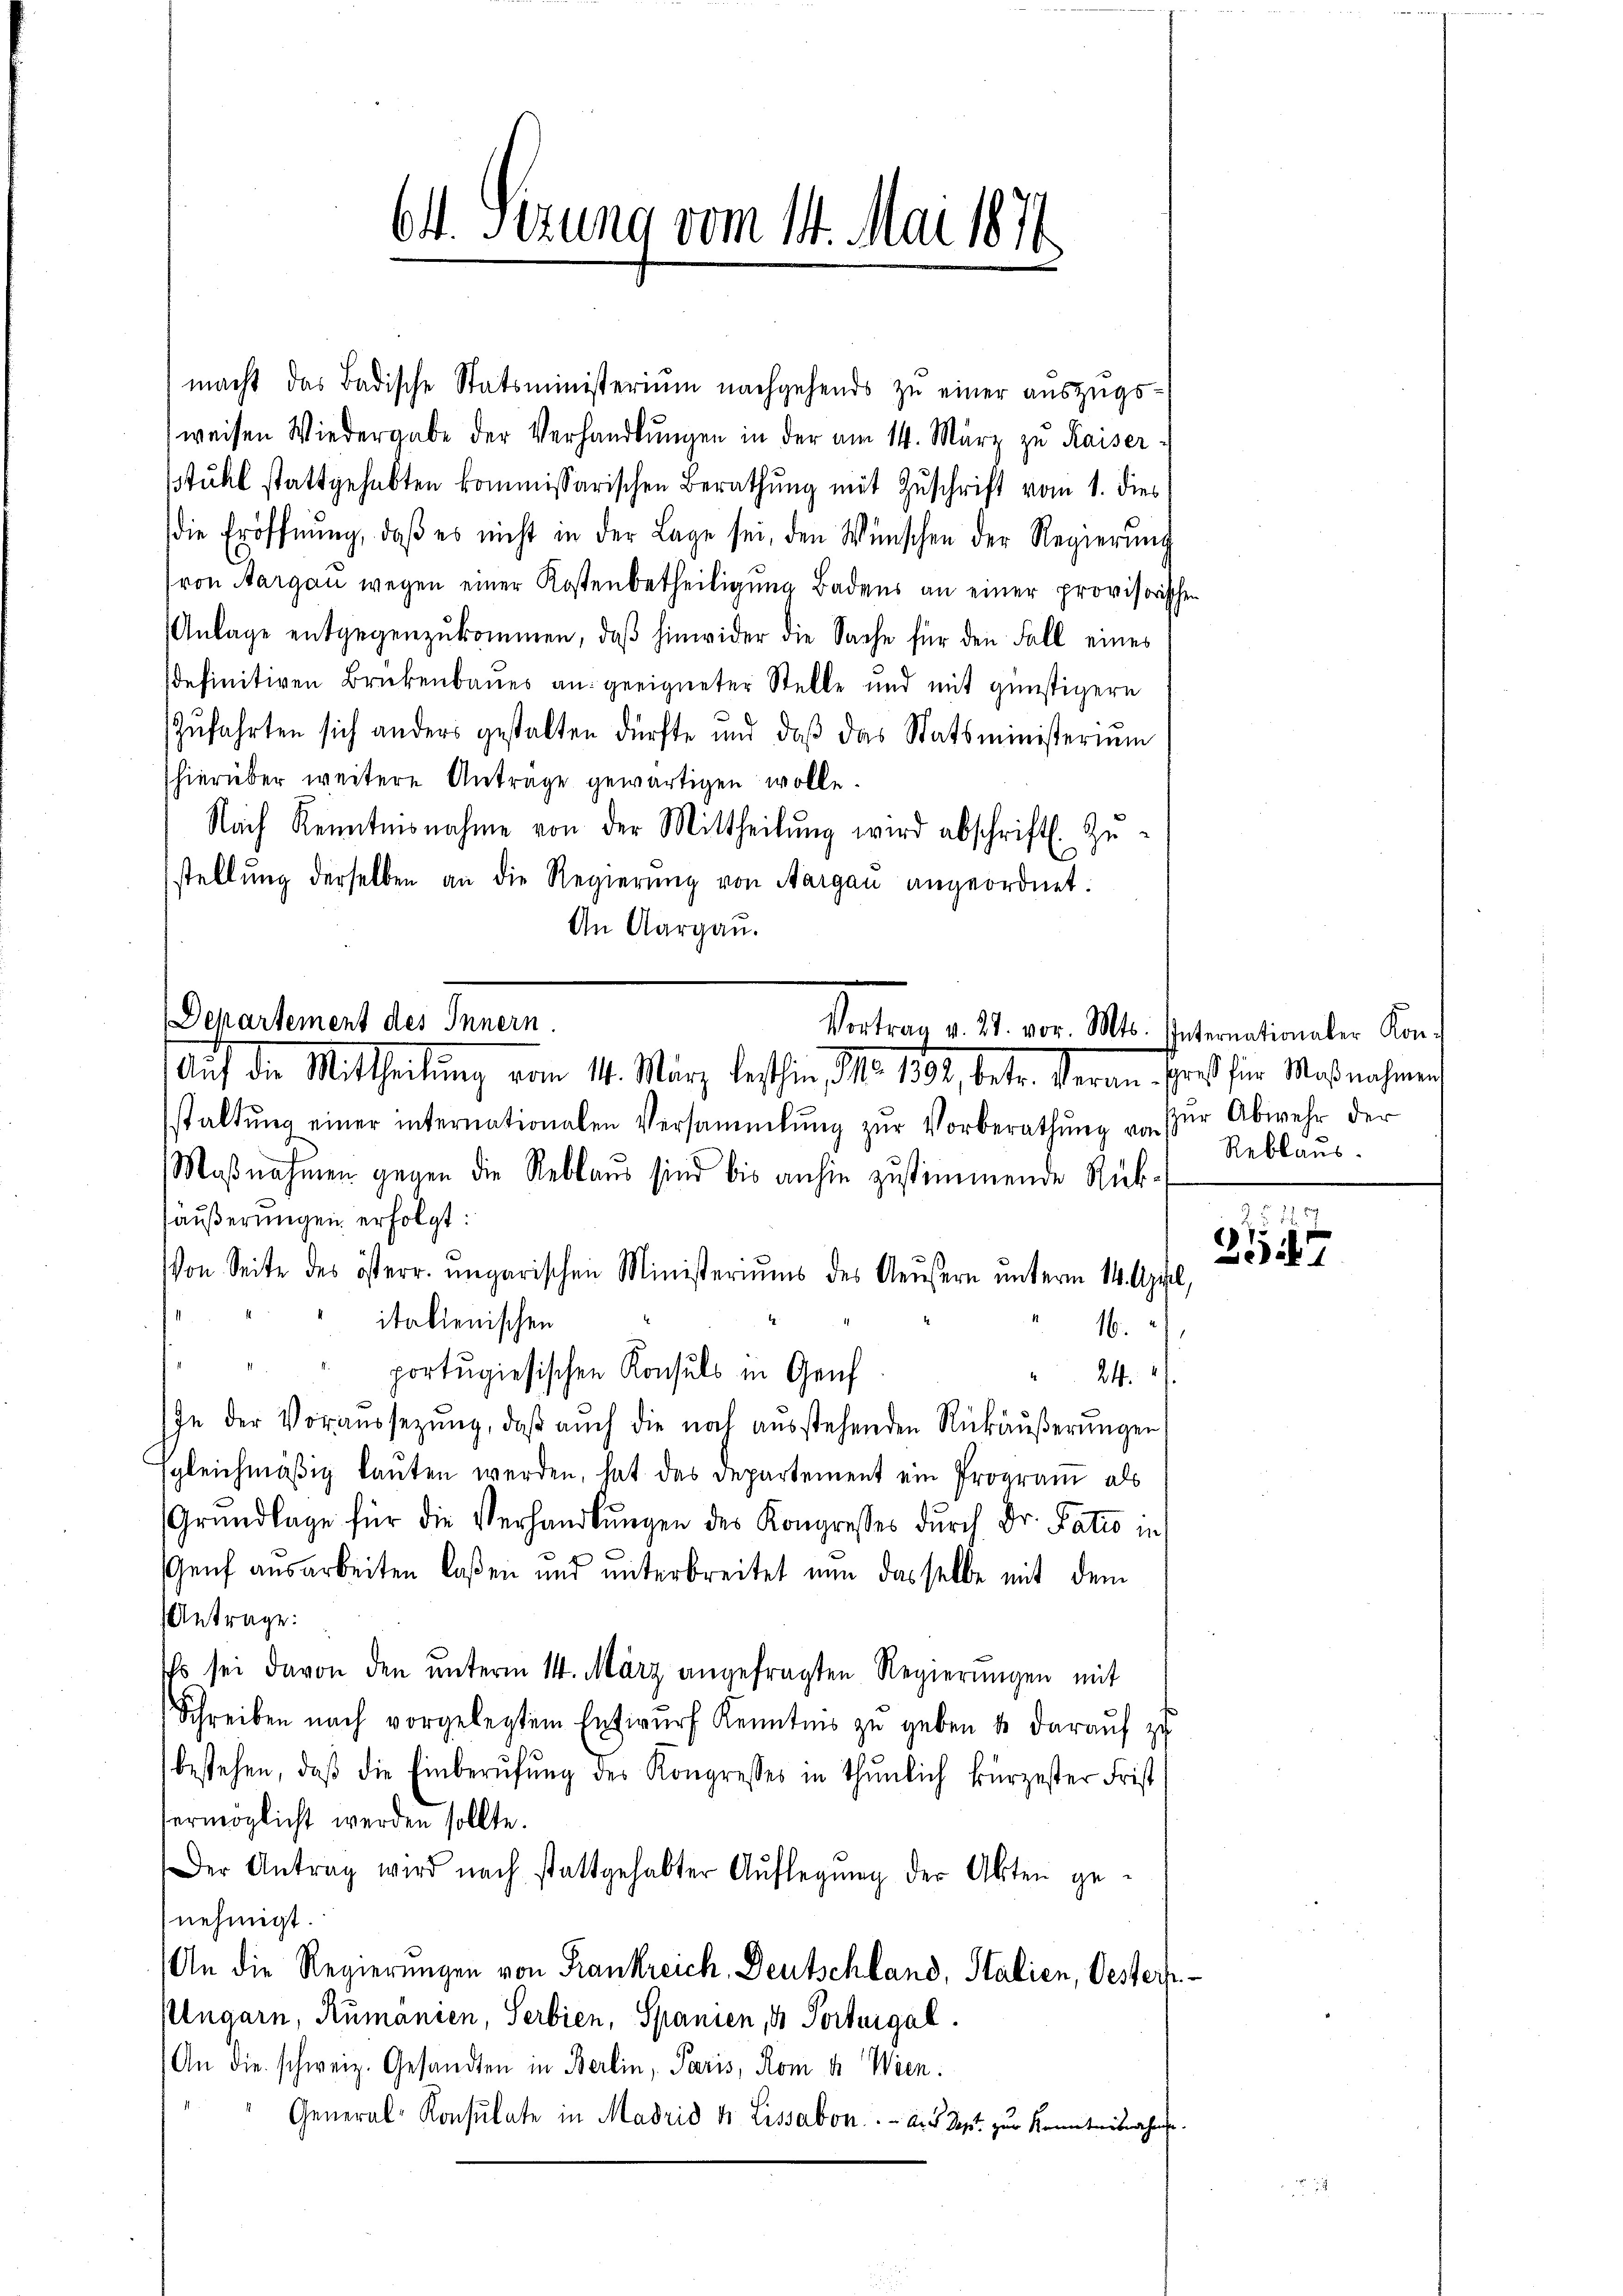
644. Sizung vom 14. Mai 1874

macht das Badische Statsministerium nachgehends zŭ einer aŭszŭgs-
weisen Wiedergabe der Verhandlŭngen in der am 14. März zu Kaiser
stuhl stattgehabten kommissarischen Berathung mit Zuschrift vom 1. dies
die Eröffnŭng, daβ es nicht in der Lage sei, den Wünschen der Regierŭng
von Aargau wegen einer Kostenbetheiligung Badens an einer provisorisch
Anlage entgegenzŭkommen, daβ hinwider die Sache für den Fall eines
sdefinitiven Brikenbaues an geeigneter Stelle und mit günstigern
Zufahrten sich anders gestalten dürfte und daß das Statsministerium
hierüber weitere Anträge gewärtigen wolle.
Nach Kenntnisnahme von der Mittheilŭng wird abschrift. Zu-
stellung derselben an die Regierung von Aargau angeordnet.
An Aargau.

Departement des Innern.
Vortrag v. 27. vor. Mts. Internationaler Kon¬
Auf die Mittheilung vom 11. März lessin, No. 1881, betr. Veran frei für Maßnahmen

staltŭng einer internationalen Versammlung zŭr Vorberathŭng u. für Abwehr der
Maβnahmen gegen die Reblaus sind bis anhin zustimmende Rück-
säußerungen erfolgt:
Von Seite des österr. ungarischen Ministeriums des Aeusern unterm 14. April,
italienischen
16.
portugisischen Konsuls in Genf
24
In der Voraussetzŭng, daβ aŭch die noch aŭsstehenden Rückäŭβerŭngen
sgleichmäßig lauten werden, hat das Departement ein Program als
Grŭndlage für die Verhandlŭngen des Kongresses durch Dr. Patio in
Genf ausarbeiten laßen und unterbreitet nun dasselbe mit dem
Antrage:
Es sei davon den ŭnterm 14. März angefragten Regierŭngen mit
Schreiben nach vorgelegtem Entwŭrf Kenntnis zŭ geben u. daraŭf zu
bestehen, daβ die Einberŭfŭng des Kongresses in thŭnlich kürzester Frist
Vermöglicht werden sollte.
Der Antrag wird nach stattgehabter Aŭflegŭng der Akten ge-
nehmigt.
An die Regierungen von Frankreich, Deutschland, Stalien, Oesters¬
Ungarn, Rumanien, Serbien, Spanien, & Portuigal
(An die schweiz. Gesandten in Berlin, Paris, Rom u. Wien.
General-Konsulate in Madrid k. Lissabon . . a. Sept. zur Kenntnisnahme

Reblaus.
 11 x

n

3547